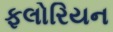
ફલોરિયન